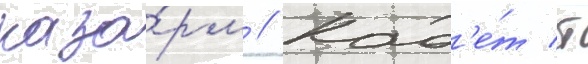
каза́рм // Кад'е́т т